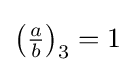
\left({\tfrac {a}{b}}\right)_{3}=1